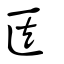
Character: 医